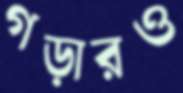
গড়ারও